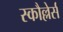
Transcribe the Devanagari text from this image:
स्कौल्लेर्स